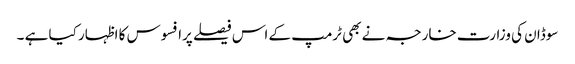
سوڈان کی وزارت خارجہ نے بھی ٹرمپ کے اس فیصلے پرافسوس کا اظہار کیا ہے ۔